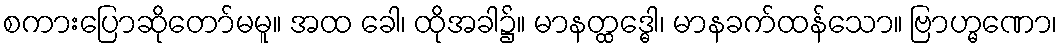
စကားပြောဆိုတော်မမူ။ အထ ခေါ၊ ထိုအခါ၌။ မာနတ္ထဒ္ဓေါ၊ မာနခက်ထန်သော။ ဗြာဟ္မဏော၊